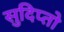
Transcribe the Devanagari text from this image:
सुदिप्तो